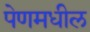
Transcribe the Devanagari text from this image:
पेणमधील